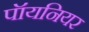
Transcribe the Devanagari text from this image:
पॉयनियर